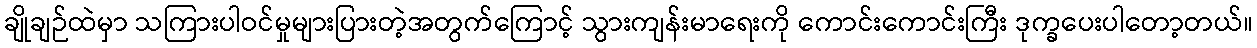
ချိုချဉ်ထဲမှာ သကြားပါဝင်မှုများပြားတဲ့အတွက်ကြောင့် သွားကျန်းမာရေးကို ကောင်းကောင်းကြီး ဒုက္ခပေးပါတော့တယ်။